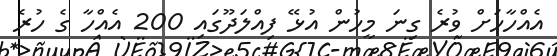
އެއްހާހަށް ވުރެ ގިނަ މީހުން އުޅޭ ފިއްލަދޫގައި 200 އެއްހާ ގެ ހުރެ